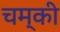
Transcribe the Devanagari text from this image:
चम्की